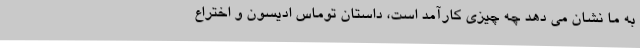
به ما نشان می دهد چه چیزی کارآمد است، داستان توماس ادیسون و اختراع